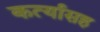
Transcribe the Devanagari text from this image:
कर्त्यासह